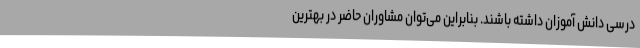
درسی دانش آموزان داشته باشند. بنابراین می‌توان مشاوران حاضر در بهترین